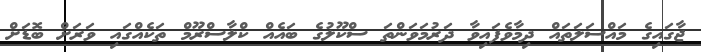
ޖާގައިގެ މައްސަލަތައް ދިމާވެފަައިވާ ދަރުމަވަންތަ ސްކޫލުގެ ބައެއް ކްލާސްރޫމް ތަކެއްގައި ވަރަށް ބޮޑަށް